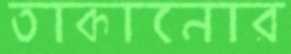
তাকানোর